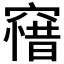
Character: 𥧶